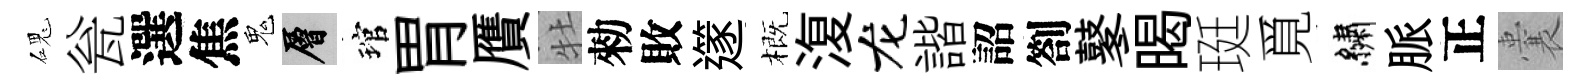
磈瓮選焦鬼層琯胃贋牡勑敗𨗹概𣸪龙諧詔劄鼕暍珽覓繡脈正囊